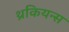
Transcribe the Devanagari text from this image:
थ्रकियन्स